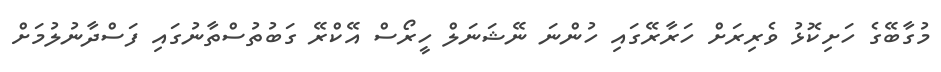
މުގާބޭގެ ހަށިކޮޅު ވެރިރަށް ހަރާރޭގައި ހުންނަ ނޭޝަނަލް ހީރޯސް އޭކްރޭ ގަބުތުސްތާނުގައި ފަސްދާނުލުމަށް